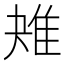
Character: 𨾕